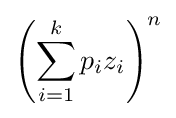
\left(\sum _{i=1}^{k}p_{i}z_{i}\right)^{n}